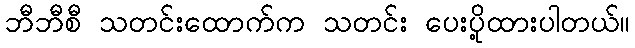
ဘီဘီစီ သတင်းထောက်က သတင်း ပေးပို့ထားပါတယ်။